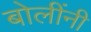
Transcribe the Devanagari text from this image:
बोलींनी